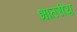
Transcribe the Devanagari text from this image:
भातरीय